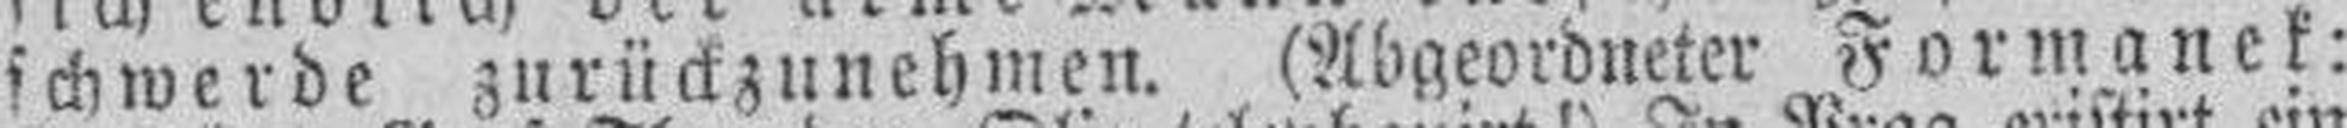
schwerde zurückzunehmen. (Abgeordneter Formanek: